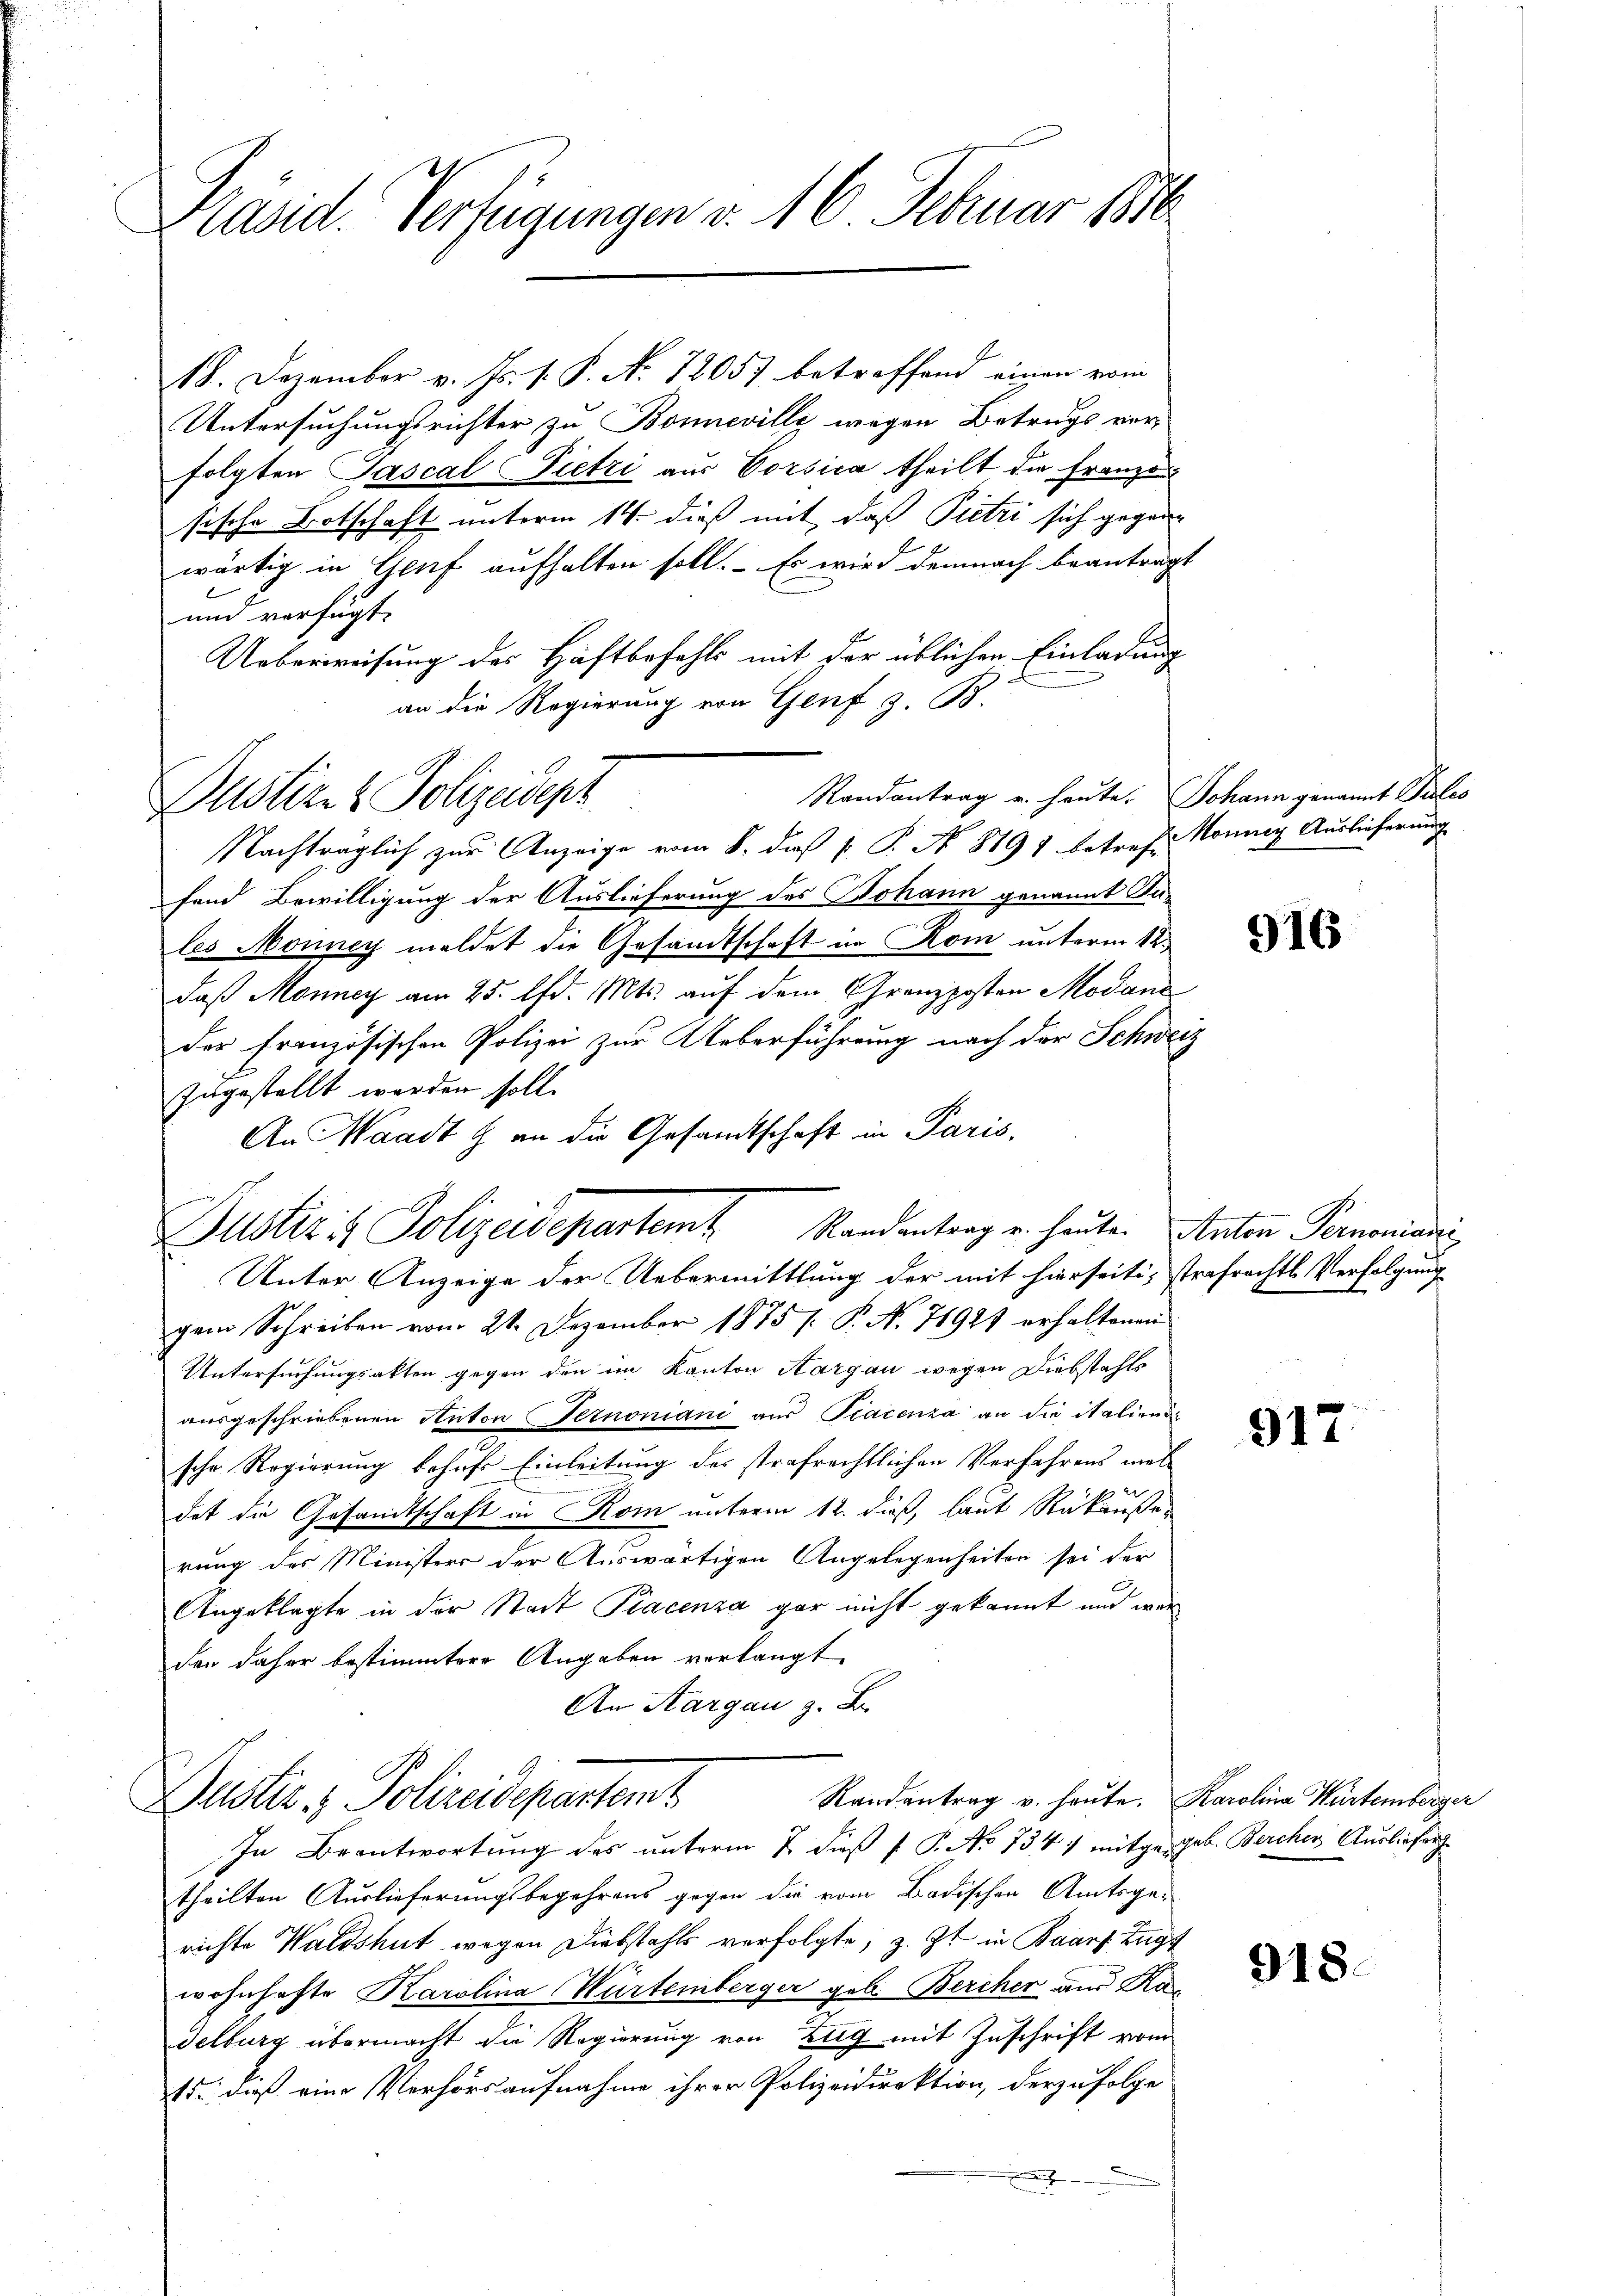
Präsid. Verfügungen v. 16. Februar 1816.

18. Dezember v. Js. v. P. Nr. 12057 betreffend einen vom
Untersuchungsrichter zu Bonneville wegen Betrugs ver-
folgten Jascal Pietzi aus Vorsica theilt die Franzon
sische Botschaft unterm 14. dieß mit, daß Pietri sich gegenwärtig in Genf aufhalten soll. Es wird demnach beantrage
un verfügt:
Ueberweisung des Haftbefehls mit der üblichen Einladung
an die Regierung von Genf z. B.
Randantrag u. heute. Johann genannt Pules
Nachträglich zur Anzeige vom 8. daß P. P. No 8791 betref Monner Auslieferung
fend Bewilligung der Auslieferung des Johann genannt An-
les Monney meldet die Gesandtschaft in Rom unterm 12.
daß Monney am 25. d. Mts. auf dem Granzposten Modan
der Französischen Polizei zur Ueberführung nach der Schweiz
zugestellt worden soll.
An Waadt & an die Gesandtschaft in Paris.
Justiz & Polizeidepartamt Randantrag u. heute. Anton Permonianis
Unter Anzeige der Uebermittlung der mit hierseitig strafrechtl. Verfolgung
gem Schreiben vom 21. Dezember 1875 ( P. N. 71921 erhaltenen
Untersuchungsakten gegen den im Kanton Aargau wegen Diebstahls
ausgeschriebenen Anton Ternoniani aus Piacenza an die italienig
sche Regierung behufs Einleitung des strafrechtlichen Verfahrens meldat die Gesandtschaft in Rom unterm 12. dieß, laut Rükäußerung des Ministers der Auswärtigen Angelegenheiten sei der
Angeklagte in der Stadt Piacenza gar nicht gekannt und wer
den daher bestimmter Angaben verlangt
An Aargau z. B.
Randantrag u. heute. Karolina Würtemberger
Dustiz & Polizeidepartemt
In Beantwortung des unterm 2. dieß P. P. No. 734) mitgegeb. Bercher Ausliefer
theilten Auslieferungsbegehrens gegen die vom Badischen Amtsgerichte Waldshut wegen Diebstahls verfolgte, z. Zt. in Baars Zugt
wohnhafte Karolina Würtemberger geb. Bercher und Kadelburg übermacht die Regierung von Zug mit Zuschrift vom
15. dieß eine Verhörsaufnahme ihrer Polizeidirektion, derzufolge
d

Justiz- & Polizeidept

916

917

918.